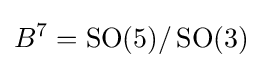
B^{7}=\operatorname {SO} (5)/\operatorname {SO} (3)